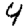
Digit: 4